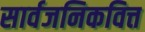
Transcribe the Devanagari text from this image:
सार्वजनिकवित्त